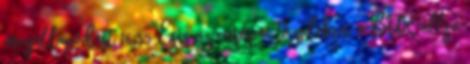
megállapodást 16:55 Esés az európai tőzsdéken, a BUX állja